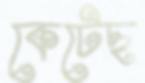
কেটেছ